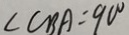
\angle C B A = 9 0 ^ { \circ }